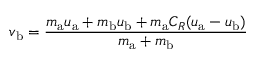
v _ { \mathrm { b } } = { \frac { m _ { \mathrm { a } } u _ { \mathrm { a } } + m _ { \mathrm { b } } u _ { \mathrm { b } } + m _ { \mathrm { a } } C _ { R } ( u _ { \mathrm { a } } - u _ { \mathrm { b } } ) } { m _ { \mathrm { a } } + m _ { \mathrm { b } } } }